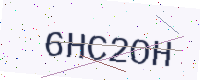
Text: 6HC2OH